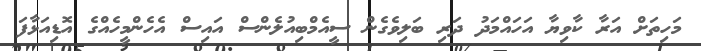
މަހިތަށް އަރާ ކާވިޔާ އަހައްމަދު ދަރި ބަލިވެގެން ސީއެމްބިއުލެންސް އައިސް އެހެންމީހެއްގެ އޮޑިއަޅާފަ